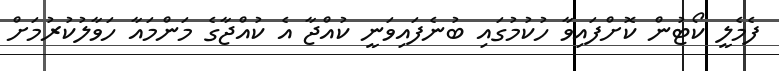
ފެމެލީ ކޯޓުން ކޮށްފައިވާ ހުކުމުގައި ބުނެފައިވަނީ ކުއްޖާ އެ ކުއްޖާގެ މަންމައާ ހަވާލުކުރުމަށް